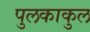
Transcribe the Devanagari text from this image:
पुलकाकुल